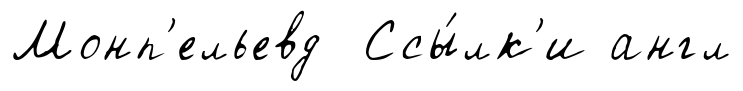
Монп'ельевд Ссы́лк'и англ